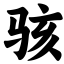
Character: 骇